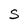
Character: S